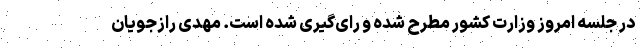
در جلسه امروز وزارت کشور مطرح شده و رای‌گیری شده است. مهدی رازجویان